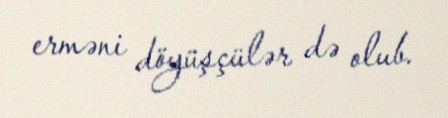
erməni döyüşçülər də olub.